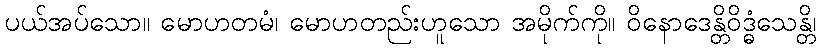
ပယ်အပ်သော။ မောဟတမံ၊ မောဟတည်းဟူသော အမိုက်ကို။ ဝိနောဒေန္တိဝိဒ္ဓံသေန္တိ၊